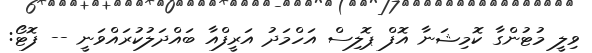
ވިލީ މުޓުންގާ ކޮމިޝަނާ އޮފް ޕޮލިސް އަހްމަދު އަރީފްއާ ބައްދަލުކުރައްވަނީ -- ފޮޓޯ: